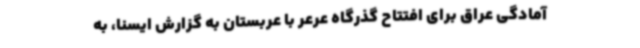
آمادگی عراق برای افتتاح گذرگاه عرعر با عربستان به گزارش ایسنا، به